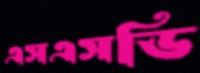
এসএসডি